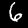
Digit: 6